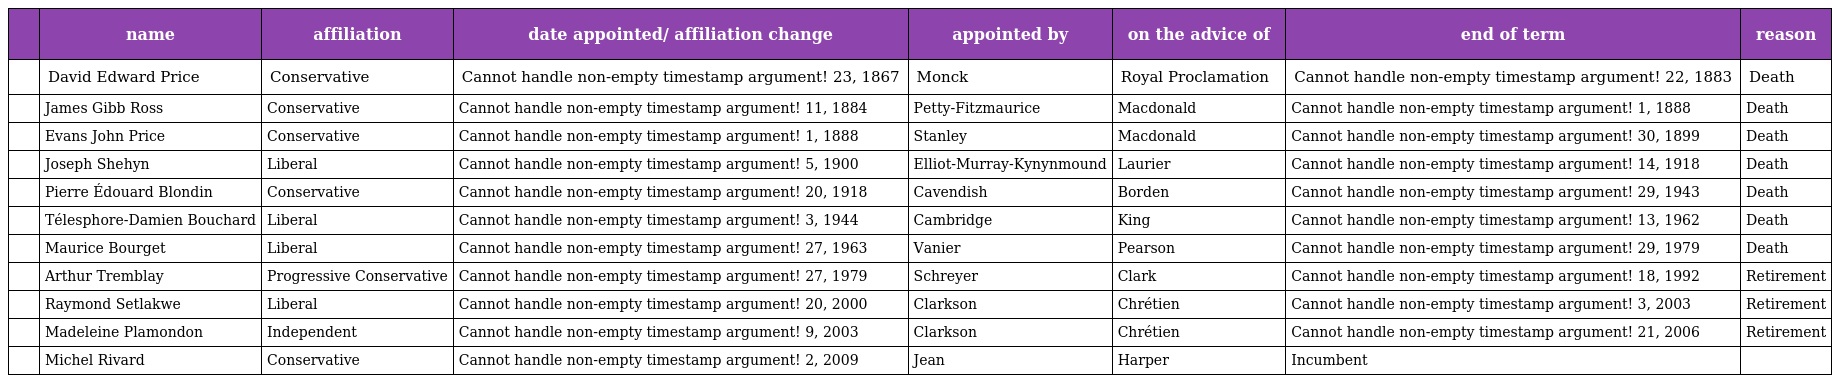
|  | name | affiliation | date appointed/ affiliation change | appointed by | on the advice of | end of term | reason |
 | --- | --- | --- | --- | --- | --- | --- | --- |
 |  | David Edward Price | Conservative | Cannot handle non-empty timestamp argument! 23, 1867 | Monck | Royal Proclamation | Cannot handle non-empty timestamp argument! 22, 1883 | Death |
 |  | James Gibb Ross | Conservative | Cannot handle non-empty timestamp argument! 11, 1884 | Petty-Fitzmaurice | Macdonald | Cannot handle non-empty timestamp argument! 1, 1888 | Death |
 |  | Evans John Price | Conservative | Cannot handle non-empty timestamp argument! 1, 1888 | Stanley | Macdonald | Cannot handle non-empty timestamp argument! 30, 1899 | Death |
 |  | Joseph Shehyn | Liberal | Cannot handle non-empty timestamp argument! 5, 1900 | Elliot-Murray-Kynynmound | Laurier | Cannot handle non-empty timestamp argument! 14, 1918 | Death |
 |  | Pierre Édouard Blondin | Conservative | Cannot handle non-empty timestamp argument! 20, 1918 | Cavendish | Borden | Cannot handle non-empty timestamp argument! 29, 1943 | Death |
 |  | Télesphore-Damien Bouchard | Liberal | Cannot handle non-empty timestamp argument! 3, 1944 | Cambridge | King | Cannot handle non-empty timestamp argument! 13, 1962 | Death |
 |  | Maurice Bourget | Liberal | Cannot handle non-empty timestamp argument! 27, 1963 | Vanier | Pearson | Cannot handle non-empty timestamp argument! 29, 1979 | Death |
 |  | Arthur Tremblay | Progressive Conservative | Cannot handle non-empty timestamp argument! 27, 1979 | Schreyer | Clark | Cannot handle non-empty timestamp argument! 18, 1992 | Retirement |
 |  | Raymond Setlakwe | Liberal | Cannot handle non-empty timestamp argument! 20, 2000 | Clarkson | Chrétien | Cannot handle non-empty timestamp argument! 3, 2003 | Retirement |
 |  | Madeleine Plamondon | Independent | Cannot handle non-empty timestamp argument! 9, 2003 | Clarkson | Chrétien | Cannot handle non-empty timestamp argument! 21, 2006 | Retirement |
 |  | Michel Rivard | Conservative | Cannot handle non-empty timestamp argument! 2, 2009 | Jean | Harper | Incumbent |  |